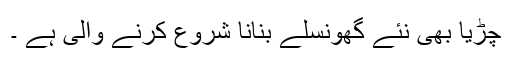
چڑیا بھی نئے گھونسلے بنانا شروع کرنے والی ہے ۔